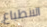
الانطباع